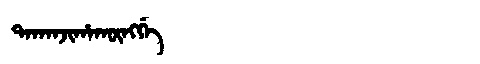
Manchu: ᡨᠠᡴᠠᠨᠵᡳᡥᠠᡴᡡᠩᡤᡝ
Romanization: TAKANJIHAKŪNGGE